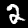
Label: 2